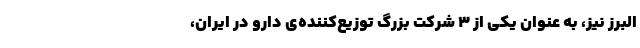
البرز نیز، به عنوان یکی از ۳ شرکت بزرگ توزیع‌کننده‌ی دارو در ایران،